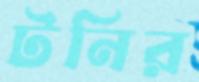
টনির